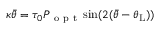
\kappa \bar { \theta } = \tau _ { 0 } P _ { \mathrm { ~ o ~ p ~ t ~ } } \sin ( 2 ( \bar { \theta } - \theta _ { \mathrm { { L } } } ) )